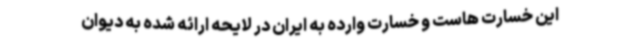
این خسارت هاست و خسارت وارده به ایران در لایحه ارائه شده به دیوان